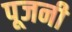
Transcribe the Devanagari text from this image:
पूजनी